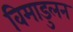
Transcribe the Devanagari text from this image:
विमाडुलन